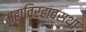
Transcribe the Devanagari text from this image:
महाविरहावस्था